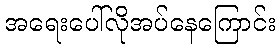
အရေးပေါ်လိုအပ်နေကြောင်း